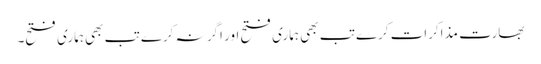
بھارت مذاکرات کرے تب بھی ہماری فتح اور اگر نہ کرے تب بھی ہماری فتح۔